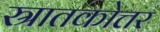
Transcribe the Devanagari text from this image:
स्रातकोत्तर